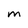
Character: M